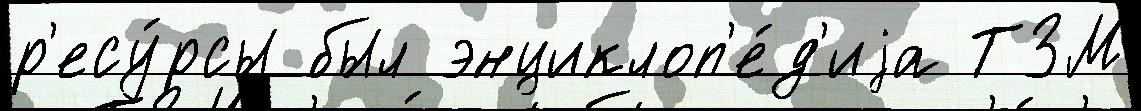
р'есу́рсы был энциклоп'е́д'иjа ТЗМ